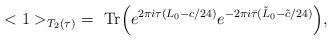
LaTeX: \begin{align*}<1>_{T_2(\tau)}\ =\ {\rm Tr}\Bigl(e^{2\pi i \tau (L_0 - c/24)}e^{-2\pi i \bar\tau (\tilde L_0 - \tilde c/24)} \Bigr),\end{align*}